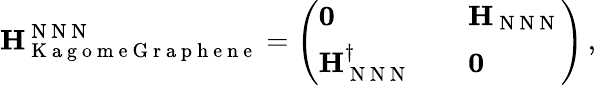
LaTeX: {\mathbf H}_{\mathrm{~K~a~g~o~m~e~G~r~a~p~h~e~n~e~}}^{\mathrm{~N~N~N~}}=\left(\begin{array}{lll}{\mathbf{0}}&{}&{{\mathbf H}_{\mathrm{~N~N~N~}}}\\ {{\mathbf H}_{\mathrm{~N~N~N~}}^{\dagger}}&{}&{\mathbf{0}}\end{array}\right)\, ,